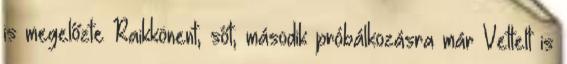
is megelőzte Raikkönent, sőt, második próbálkozásra már Vettelt is